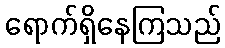
ရောက်ရှိနေကြသည်